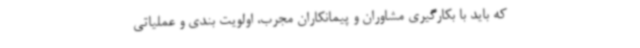
که باید با بکارگیری مشاوران و پیمانکاران مجرب، اولویت بندی و عملیاتی